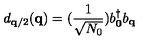
d _ { { \bf { q } } / 2 } ( { \bf { q } } ) = ( \frac { 1 } { \sqrt { N _ { 0 } } } ) b _ { { \bf { 0 } } } ^ { \dagger } b _ { { \bf { q } } }